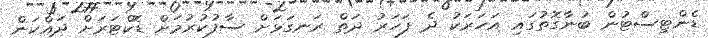
ޑެންޓިސްޓުން ބުނާގޮތުގައި އަހަރަކު ދެ ފަހަރު ދަތް ރަނގަޅަށް ސާފުކުރުމަށް ޑޮކްޓަރަށް ދައްކަން